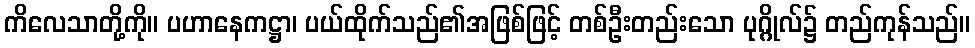
ကိလေသာတို့ကို။ ပဟာနေကဋ္ဌာ၊ ပယ်ထိုက်သည်၏အဖြစ်ဖြင့် တစ်ဦးတည်းသော ပုဂ္ဂိုလ်၌ တည်ကုန်သည်။